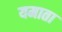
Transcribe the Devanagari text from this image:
यमाता